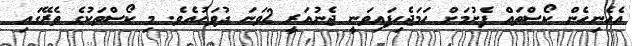
އެހެނިހެން ކޯސްތައް ފެށުމަށް ހަމަޖެހިފައިވަނީ ޖެނުއަރީ 2ވަނަ ދުވަހުއެވެ. މި ކޯސްތަކުގެ ތެރޭގައި